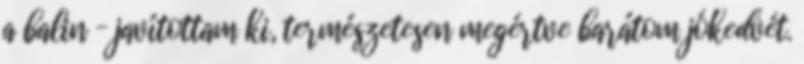
a balin – javítottam ki, természetesen megértve barátom jókedvét.